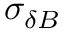
\sigma _ { \delta B }